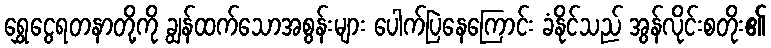
ရွှေငွေရတနာတို့ကို ချွန်ထက်သောအစွန်းများ ပေါက်ပြဲနေကြောင်း ခံနိုင်သည် အွန်လိုင်းစတိုး၏